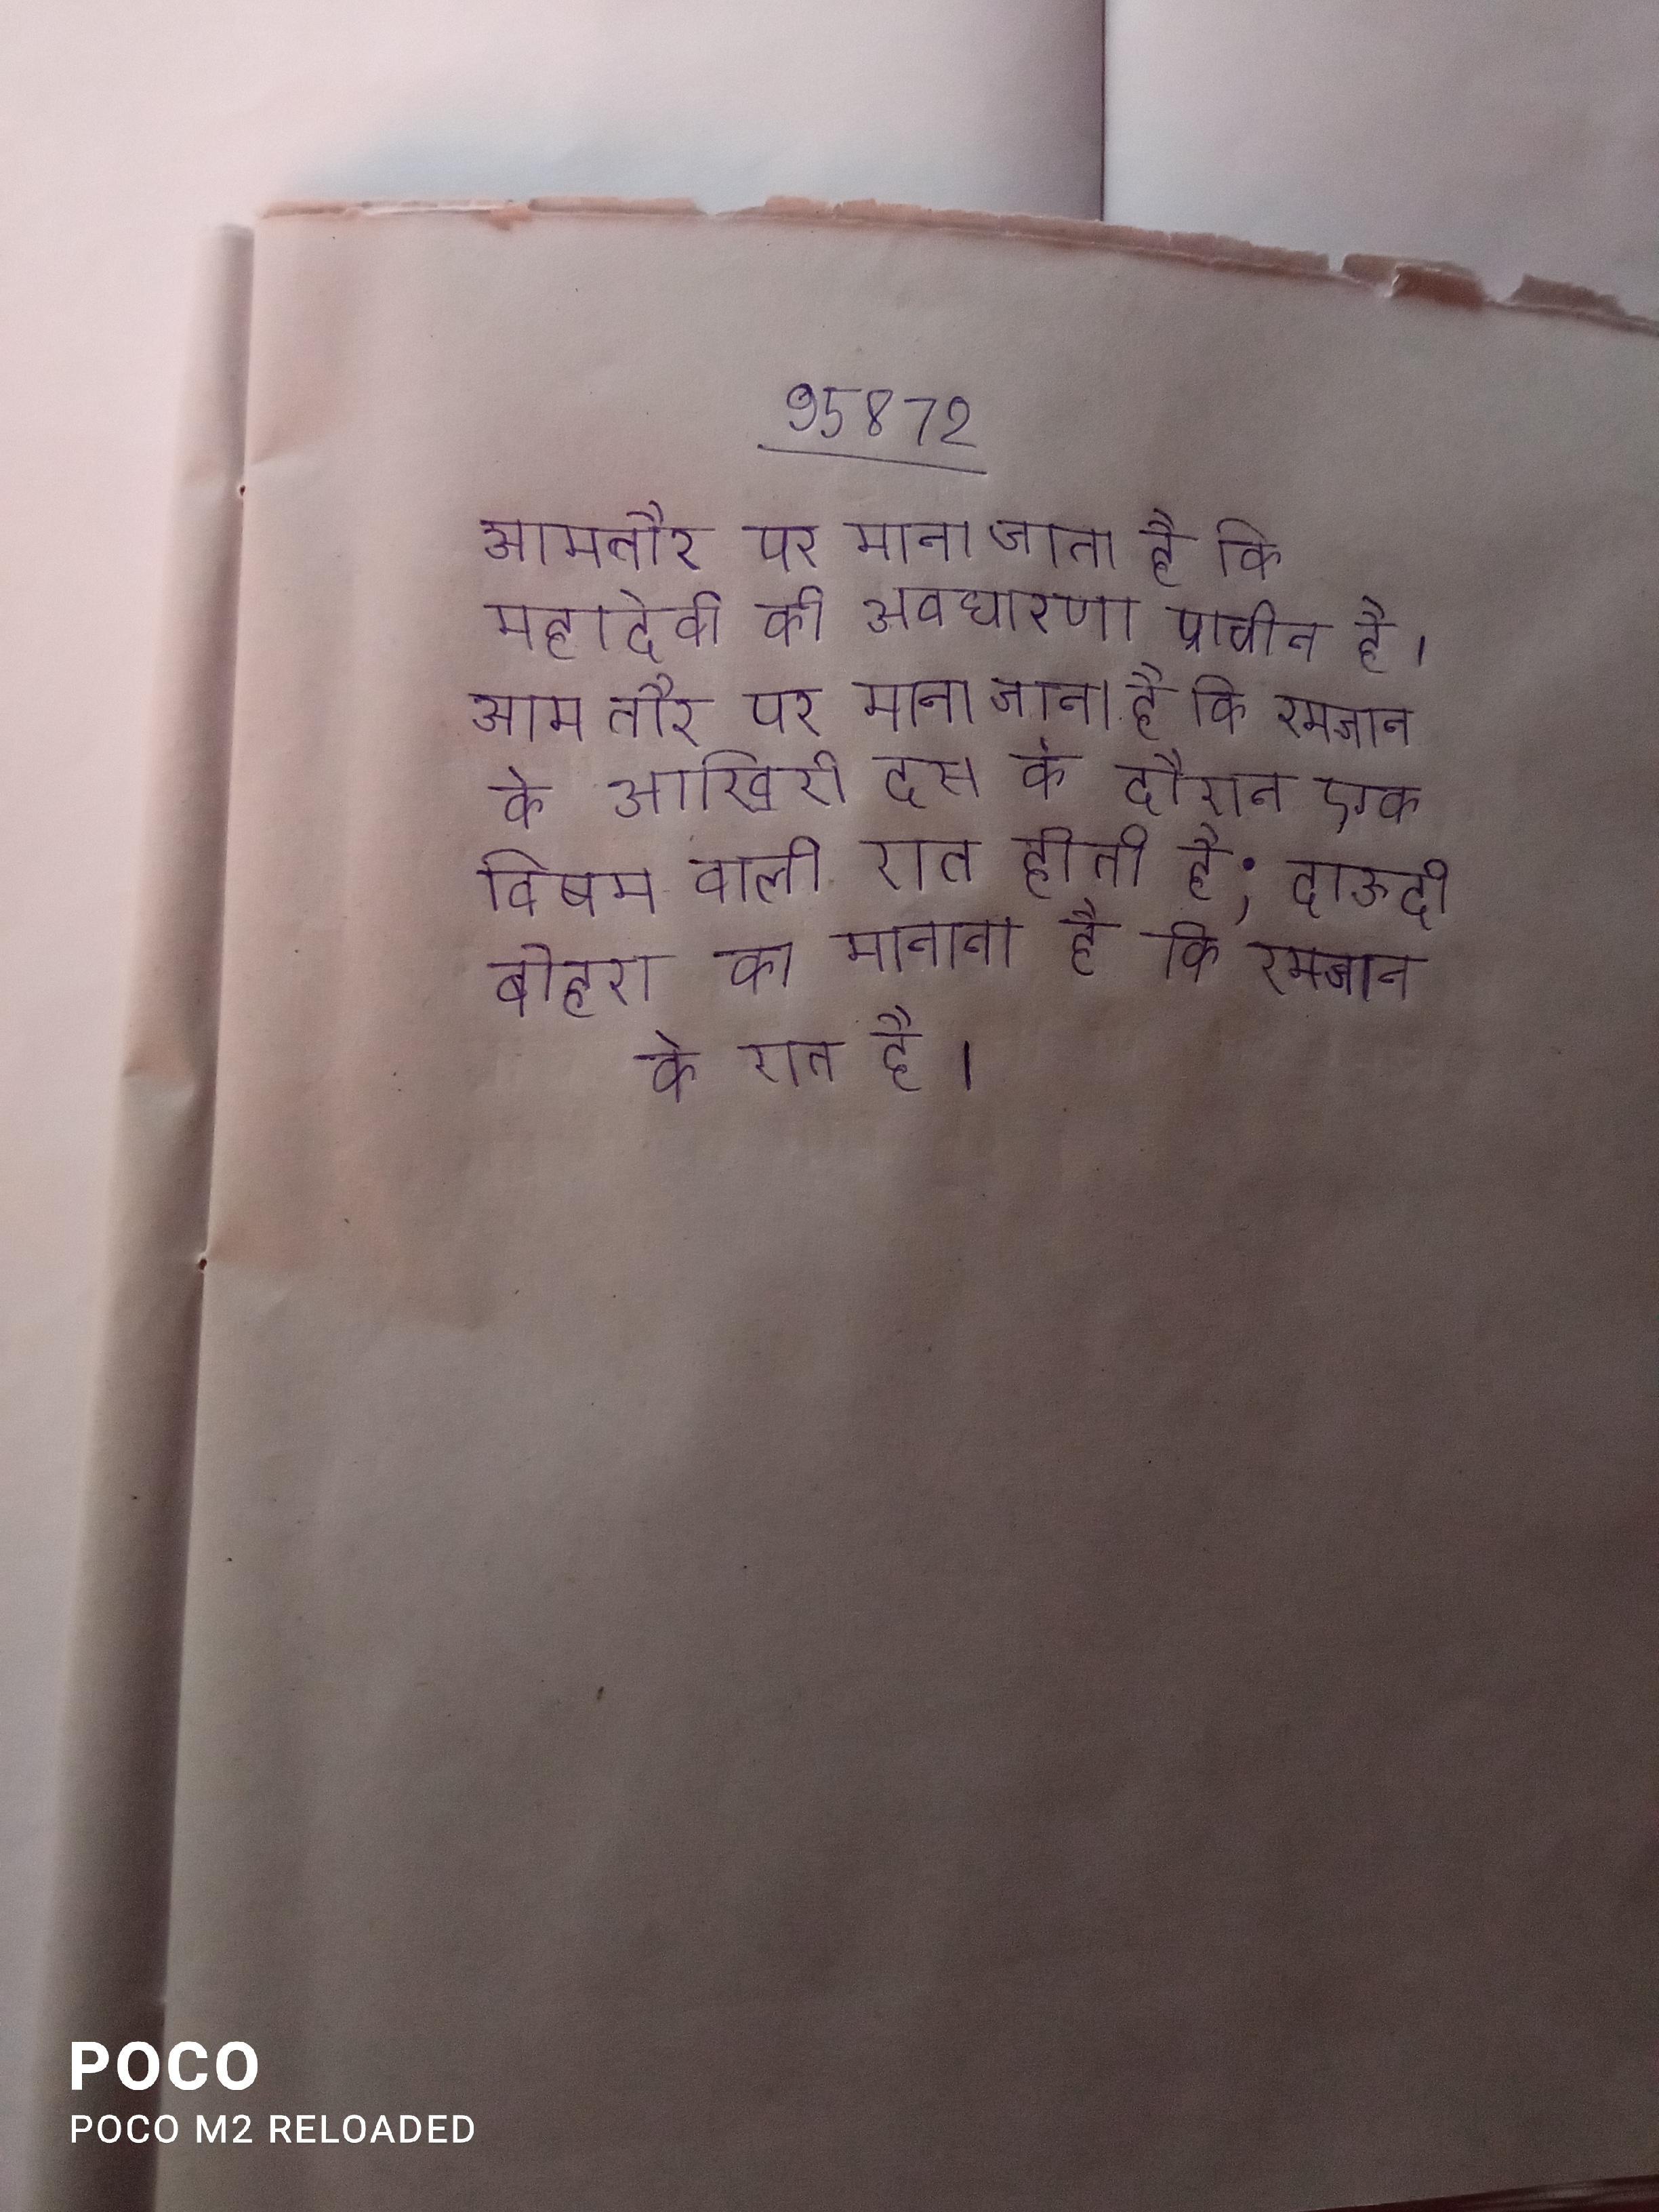
आमतौर पर माना जाता है कि महादेवी की अवधारणा प्राचीन है । आम तौर पर माना जाता है कि रमजान के आखिरी दस के दौरान एक विषम वाली रात होती है; दाऊदी बोहरा का मानना है कि रमजान के रात है ।